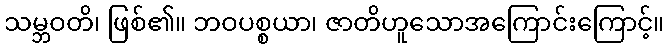
သမ္ဘဝတိ၊ ဖြစ်၏။ ဘဝပစ္စယာ၊ ဇာတိဟူသောအကြောင်းကြောင့်။